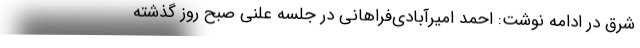
شرق در ادامه نوشت: احمد امیرآبادی‌فراهانی در جلسه علنی صبح روز گذشته